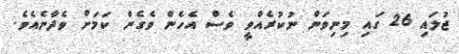
ޖުލައި 26 ގައި މިނިވަން ނުކުރެއްވީ ވެސް އެހެން ވެގެން ކަމަށް ވެދާނެއެވެ.